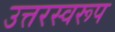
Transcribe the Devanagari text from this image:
उत्तरस्वरूप